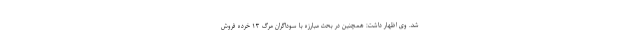
شد. وی اظهار داشت: همچنین در بحث مبارزه با سوداگران مرگ ۱۳ خرده فروش